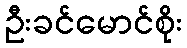
ဦးခင်မောင်စိုး